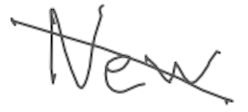
Text: New
Cross-out: diagonal
Writing tool: digital_gray